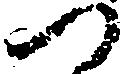
へ